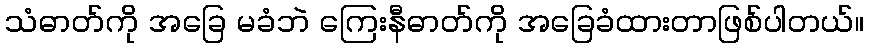
သံဓာတ်ကို အခြေ မခံဘဲ ကြေးနီဓာတ်ကို အခြေခံထားတာဖြစ်ပါတယ်။